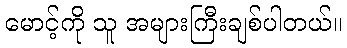
မောင့်ကို သူ အများကြီးချစ်ပါတယ်။